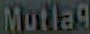
Mutlag